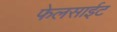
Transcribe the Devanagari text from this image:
फेलसाईट